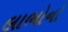
લાભોનો